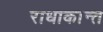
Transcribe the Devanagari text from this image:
राधाकान्‍त